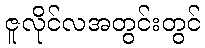
ဇူလိုင်လအတွင်းတွင်